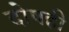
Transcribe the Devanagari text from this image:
दोषही